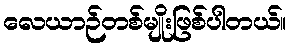
လေယာဉ်တစ်မျိုးဖြစ်ပါတယ်။